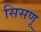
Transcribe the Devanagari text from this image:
सिसणू